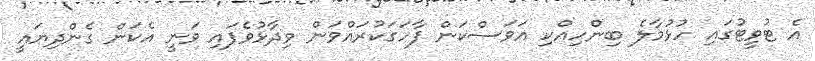
އެ ޓުވީޓުގައި ހުޅުމާލެ ބިންހިއްކި އަވަސްކަން ފާހަގަކުރައްވަން ވިދާޅުވެފައި ވަނީ އެކަން ގެންދިޔައީ